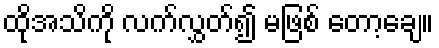
ထိုအသိကို လက်လွှတ်၍ မဖြစ် တော့ချေ။